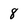
Character: 8